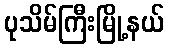
ပုသိမ်ကြီးမြို့နယ်